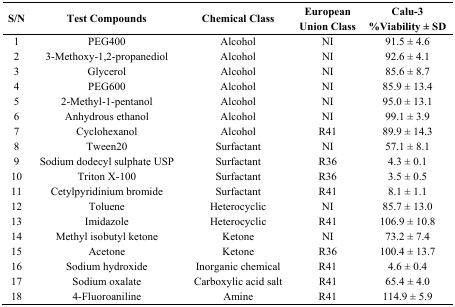
| S/N | Test Compounds | Chemical Class | European Union Class | Calu-3 %Viability ± SD |
 | --- | --- | --- | --- | --- |
 | 1 | PEG400 | Alcohol | NI | 91.5 ± 4.6 |
 | 2 | 3-Methoxy-1,2-propanediol | Alcohol | NI | 92.6 ± 4.1 |
 | 3 | Glycerol | Alcohol | NI | 85.6 ± 8.7 |
 | 4 | PEG600 | Alcohol | NI | 85.9 ± 13.4 |
 | 5 | 2-Methyl-1-pentanol | Alcohol | NI | 95.0 ± 13.1 |
 | 6 | Anhydrous ethanol | Alcohol | NI | 99.1 ± 3.9 |
 | 7 | Cyclohexanol | Alcohol | R41 | 89.9 ± 14.3 |
 | 8 | Tween20 | Surfactant | NI | 57.1 ± 8.1 |
 | 9 | Sodium dodecyl sulphate USP | Surfactant | R36 | 4.3 ± 0.1 |
 | 10 | Triton X-100 | Surfactant | R36 | 3.5 ± 0.5 |
 | 11 | Cetylpyridinium bromide | Surfactant | R41 | 8.1 ± 1.1 |
 | 12 | Toluene | Heterocyclic | NI | 85.7 ± 13.0 |
 | 13 | Imidazole | Heterocyclic | R41 | 106.9 ± 10.8 |
 | 14 | Methyl isobutyl ketone | Ketone | NI | 73.2 ± 7.4 |
 | 15 | Acetone | Ketone | R36 | 100.4 ± 13.7 |
 | 16 | Sodium hydroxide | Inorganic chemical | R41 | 4.6 ± 0.4 |
 | 17 | Sodium oxalate | Carboxylic acid salt | R41 | 65.4 ± 4.0 |
 | 18 | 4-Fluoroaniline | Amine | R41 | 114.9 ± 5.9 |